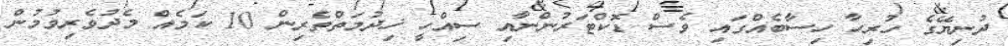
ދުނިޔޭގެ ހުރިހާ ހިސާބެއްގައި ވެސް ޑޮކްޓަރުންނާއި ސިއްހީ ޚިދުމަތްތެރިން 10 ކަމެއް މެދުވެރިވުމުން